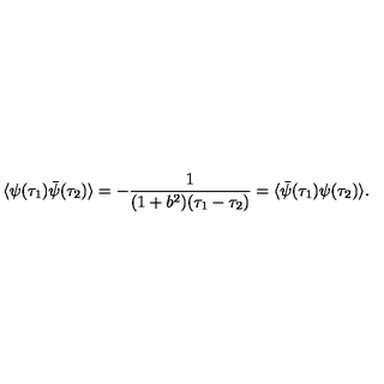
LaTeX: \langle \psi ( \tau _ { 1 } ) \bar { \psi } ( \tau _ { 2 } ) \rangle = - { \frac { 1 } { ( 1 + b ^ { 2 } ) ( \tau _ { 1 } - \tau _ { 2 } ) } } = \langle \bar { \psi } ( \tau _ { 1 } ) \psi ( \tau _ { 2 } ) \rangle .